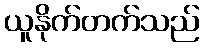
ယူနိုက်တက်သည်